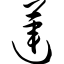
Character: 莲